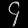
Digit: ၄